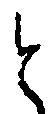
と